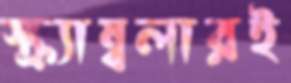
স্ক্র্যাম্বলারই